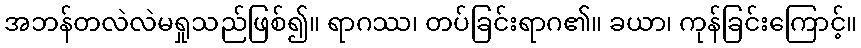
အဘန်တလဲလဲမရှုသည်ဖြစ်၍။ ရာဂဿ၊ တပ်ခြင်းရာဂ၏။ ခယာ၊ ကုန်ခြင်းကြောင့်။